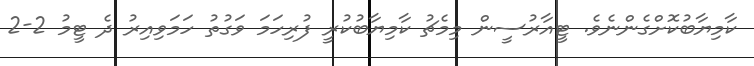
ކާމިޔާބުކޮށްގެންނެވެ. ޓީއާރުސީން މިމެޗު ކާމިޔާބުކުރީ ފުރިހަމަ ވަގުތު ހަމަވިއިރު ދެ ޓީމު 2-2